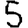
Digit: 5